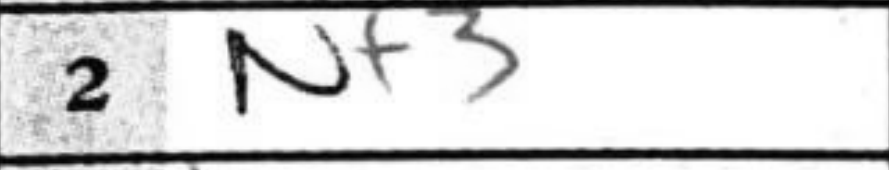
Transcription: Nf3